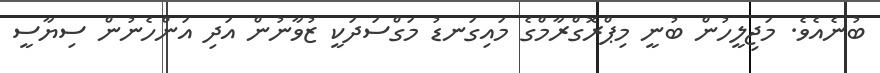
ބުނެއެވެ. މަޖިލީހުން ބުނީ މިޕްރޮގްރާމްގެ މައިގަނޑު މަގްސަދަކީ ޒުވާނުން އަދި އަންހެނުން ސިޔާސީ